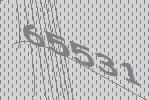
65531